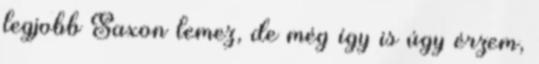
legjobb Saxon lemez, de még így is úgy érzem,